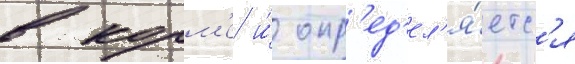
в корм'е и́ опр'ед'ел'я́етс'я